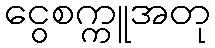
ငွေစက္ကူအတု